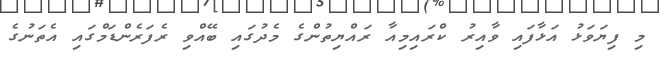
މި ފިޔަވަޅު އަޅާފައި ވާއިރު ކްރައިމިއާ ރައްޔިތުންގެ މެދުގައި ބޭއްވި ރެފަރެންޑަމްގައި އެތަނުގެ